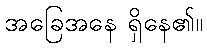
အခြေအနေ ရှိနေ၏။